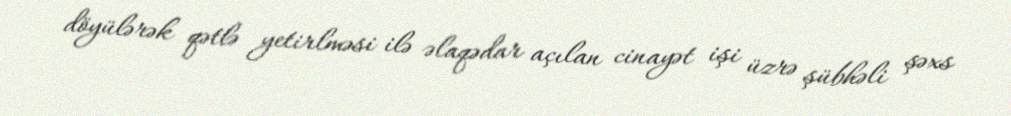
döyülərək qətlə yetirlməsi ilə əlaqədar açılan cinayət işi üzrə şübhəli şəxs